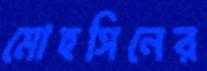
মোহসিনের